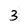
Character: 3